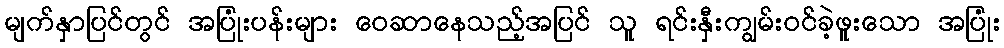
မျက်နှာပြင်တွင် အပြုံးပန်းများ ဝေဆာနေသည့်အပြင် သူ ရင်းနှီးကျွမ်းဝင်ခဲ့ဖူးသော အပြုံး